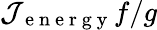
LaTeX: \mathcal{J}_{\mathrm{~e~n~e~r~g~y~}}f/g